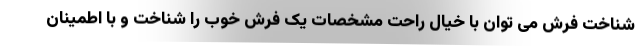
شناخت فرش می توان با خیال راحت مشخصات یک فرش خوب را شناخت و با اطمینان